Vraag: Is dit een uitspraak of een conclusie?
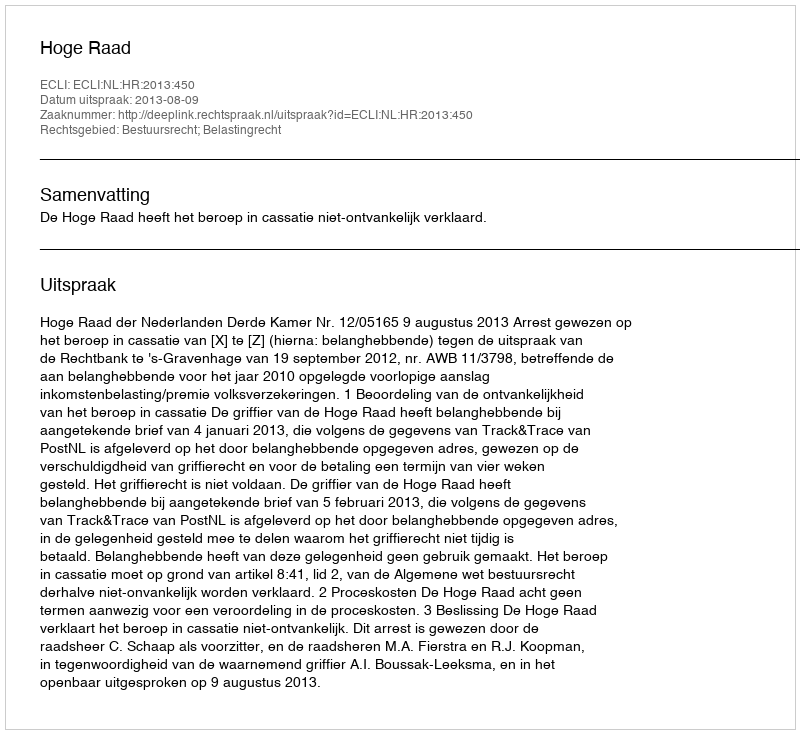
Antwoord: Uitspraak